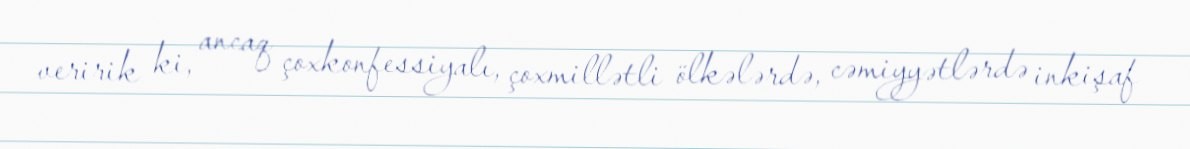
veririk ki, ancaq çoxkonfessiyalı, çoxmillətli ölkələrdə, cəmiyyətlərdə inkişaf